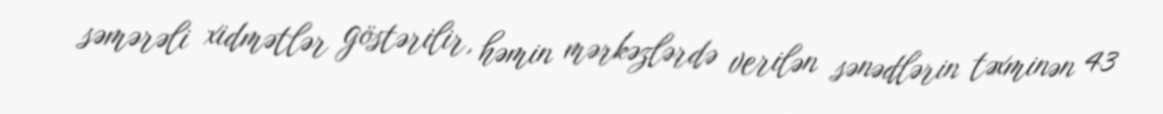
səmərəli xidmətlər göstərilir, həmin mərkəzlərdə verilən sənədlərin təxminən 43